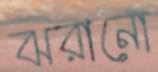
ঝরানো